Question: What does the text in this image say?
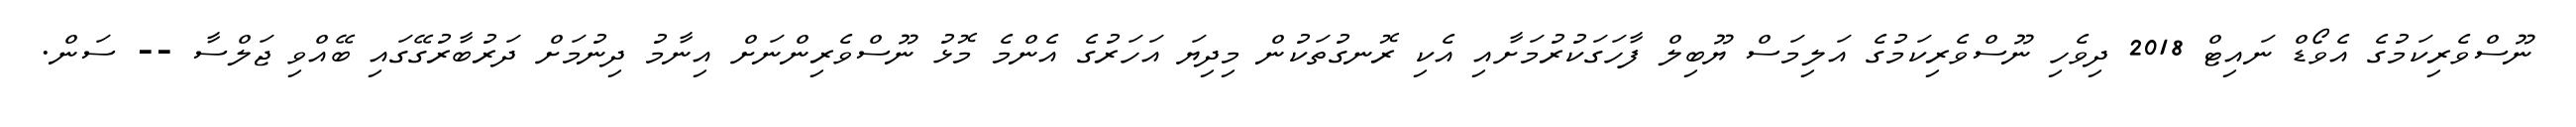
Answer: ނޫސްވެރިކަމުގެ އެވޯޑް ނައިޓް 2018 ދިވެހި ނޫސްވެރިކަމުގެ އަލިމަސް ޔޫބިލް ފާހަގަކުރުމަށާއި އެކި ރޮނގުތަކުން މިދިޔަ އަހަރުގެ އެންމެ މޮޅު ނޫސްވެރިންނަށް އިނާމު ދިނުމަށް ދަރުބާރުގޭގައި ބޭއްވި ޖަލްސާ -- ސަން.